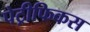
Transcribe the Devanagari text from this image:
पेट्रीफिकस